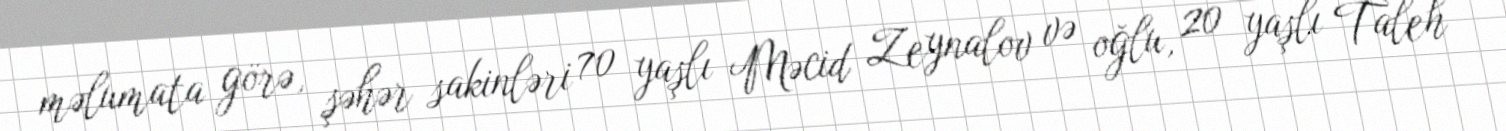
məlumata görə, şəhər sakinləri 70 yaşlı Məcid Zeynalov və oğlu, 20 yaşlı Taleh